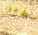
الطير